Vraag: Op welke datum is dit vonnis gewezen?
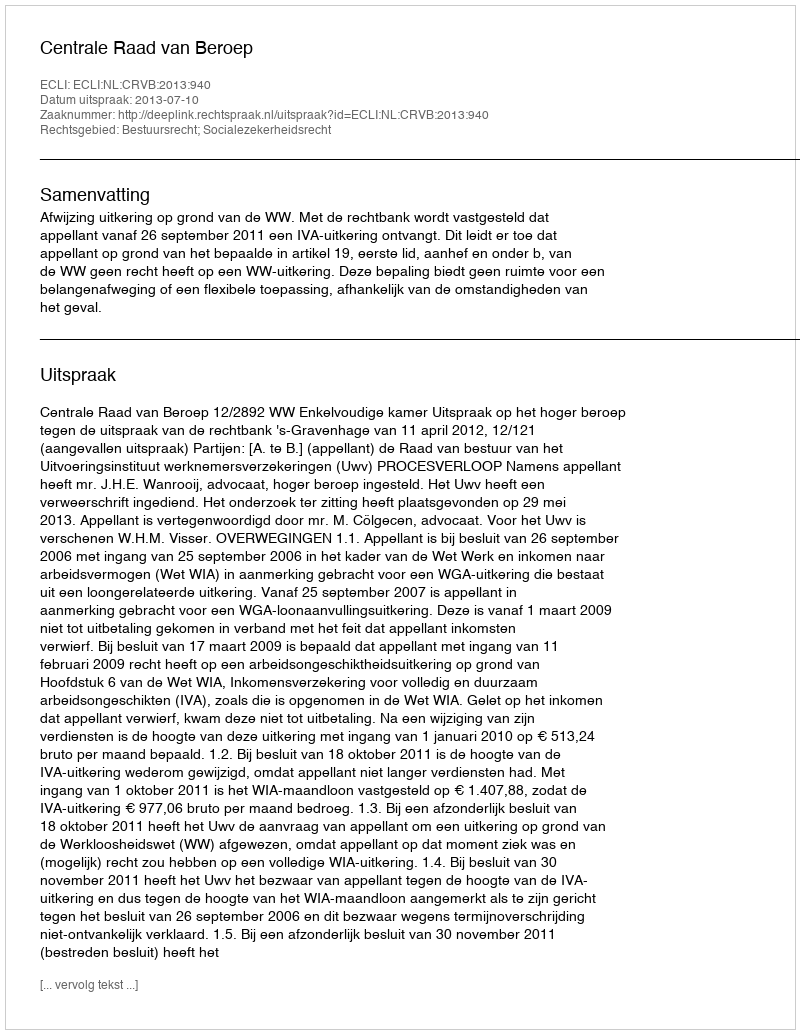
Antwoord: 2013-07-10